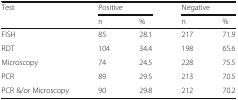
| Test | <COLSPAN=2> Positive | <COLSPAN=2> Negative |
 |  | n | % | n | % |
 | --- | --- | --- | --- | --- |
 | FISH | 85 | 28.1 | 217 | 71.9 |
 | RDT | 104 | 34.4 | 198 | 65.6 |
 | Microscopy | 74 | 24.5 | 228 | 75.5 |
 | PCR | 89 | 29.5 | 213 | 70.5 |
 | PCR &/or Microscopy | 90 | 29.8 | 212 | 70.2 |